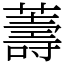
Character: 薵